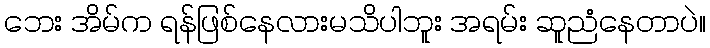
ဘေး အိမ်က ရန်ဖြစ်နေလားမသိပါဘူး အရမ်း ဆူညံနေတာပဲ။